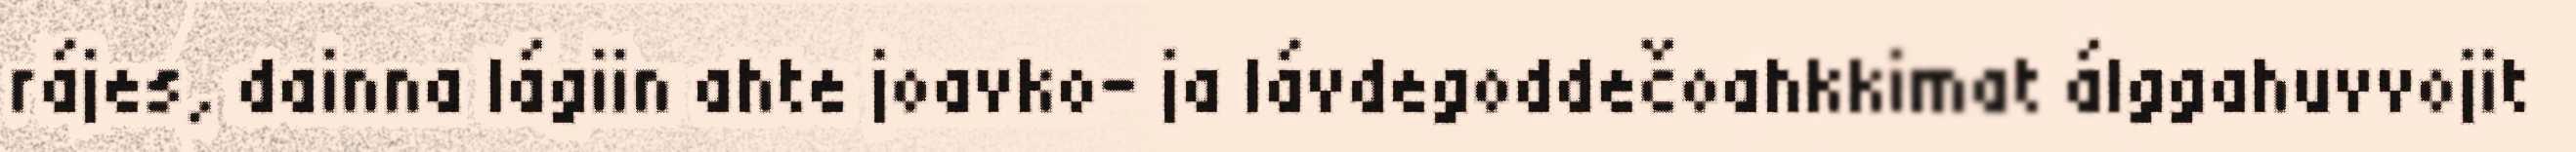
rájes, dainna lágiin ahte joavko- ja lávdegoddečoahkkimat álggahuvvojit